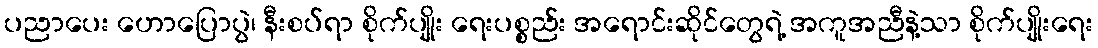
ပညာပေး ဟောပြောပွဲ၊ နီးစပ်ရာ စိုက်ပျိုး ရေးပစ္စည်း အရောင်းဆိုင်တွေရဲ့ အကူအညီနဲ့သာ စိုက်ပျိုးရေး